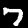
Digit: 7